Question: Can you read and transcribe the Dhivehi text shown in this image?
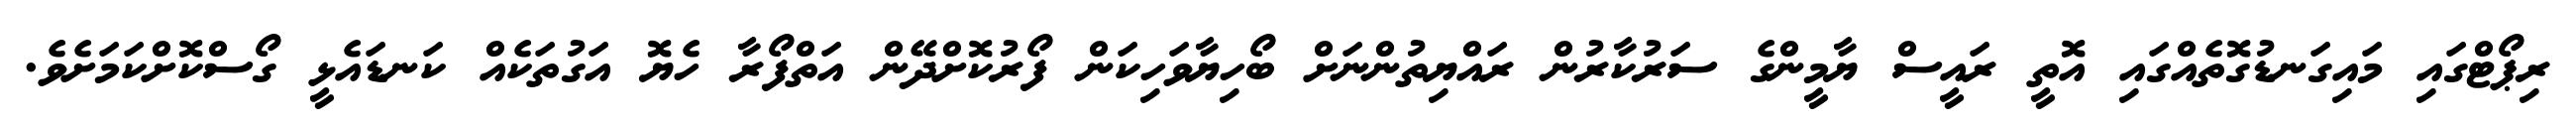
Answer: ރިޕޯޓްގައި މައިގަނޑުގޮތެއްގައި އޮތީ ރައީސް ޔާމީންގެ ސަރުކާރުން ރައްޔިތުންނަށް ބޯހިޔާވަހިކަން ފޯރުކޮށްދޭން އަތްފޯރާ ހެޔޮ އަގުތަކެއް ކަނޑައެޅީ ގޯސްކޮށްކަމަށެވެ.